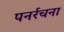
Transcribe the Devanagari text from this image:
पनर्रचना